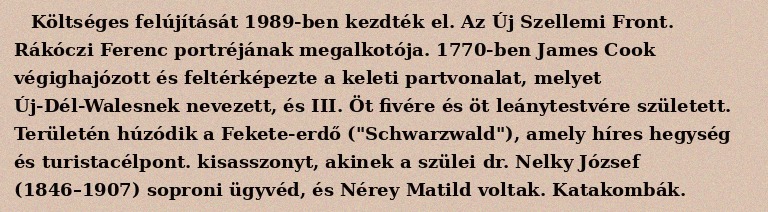
Költséges felújítását 1989-ben kezdték el. Az Új Szellemi Front. Rákóczi Ferenc portréjának megalkotója. 1770-ben James Cook végighajózott és feltérképezte a keleti partvonalat, melyet Új-Dél-Walesnek nevezett, és III. Öt fivére és öt leánytestvére született. Területén húzódik a Fekete-erdő ("Schwarzwald"), amely híres hegység és turistacélpont. kisasszonyt, akinek a szülei dr. Nelky József (1846–1907) soproni ügyvéd, és Nérey Matild voltak. Katakombák.